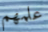
علمهم